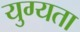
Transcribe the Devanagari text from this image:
युग्यता